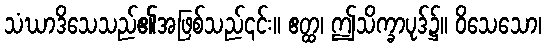
သံဃာဒိသေသည်၏အဖြစ်သည်၎င်း။ ဧတ္ထ၊ ဤသိက္ခာပုဒ်၌။ ဝိသေသော၊